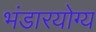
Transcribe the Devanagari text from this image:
भंडारयोग्य